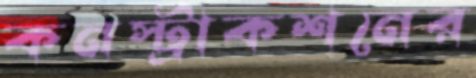
কনস্ট্রাকশনের